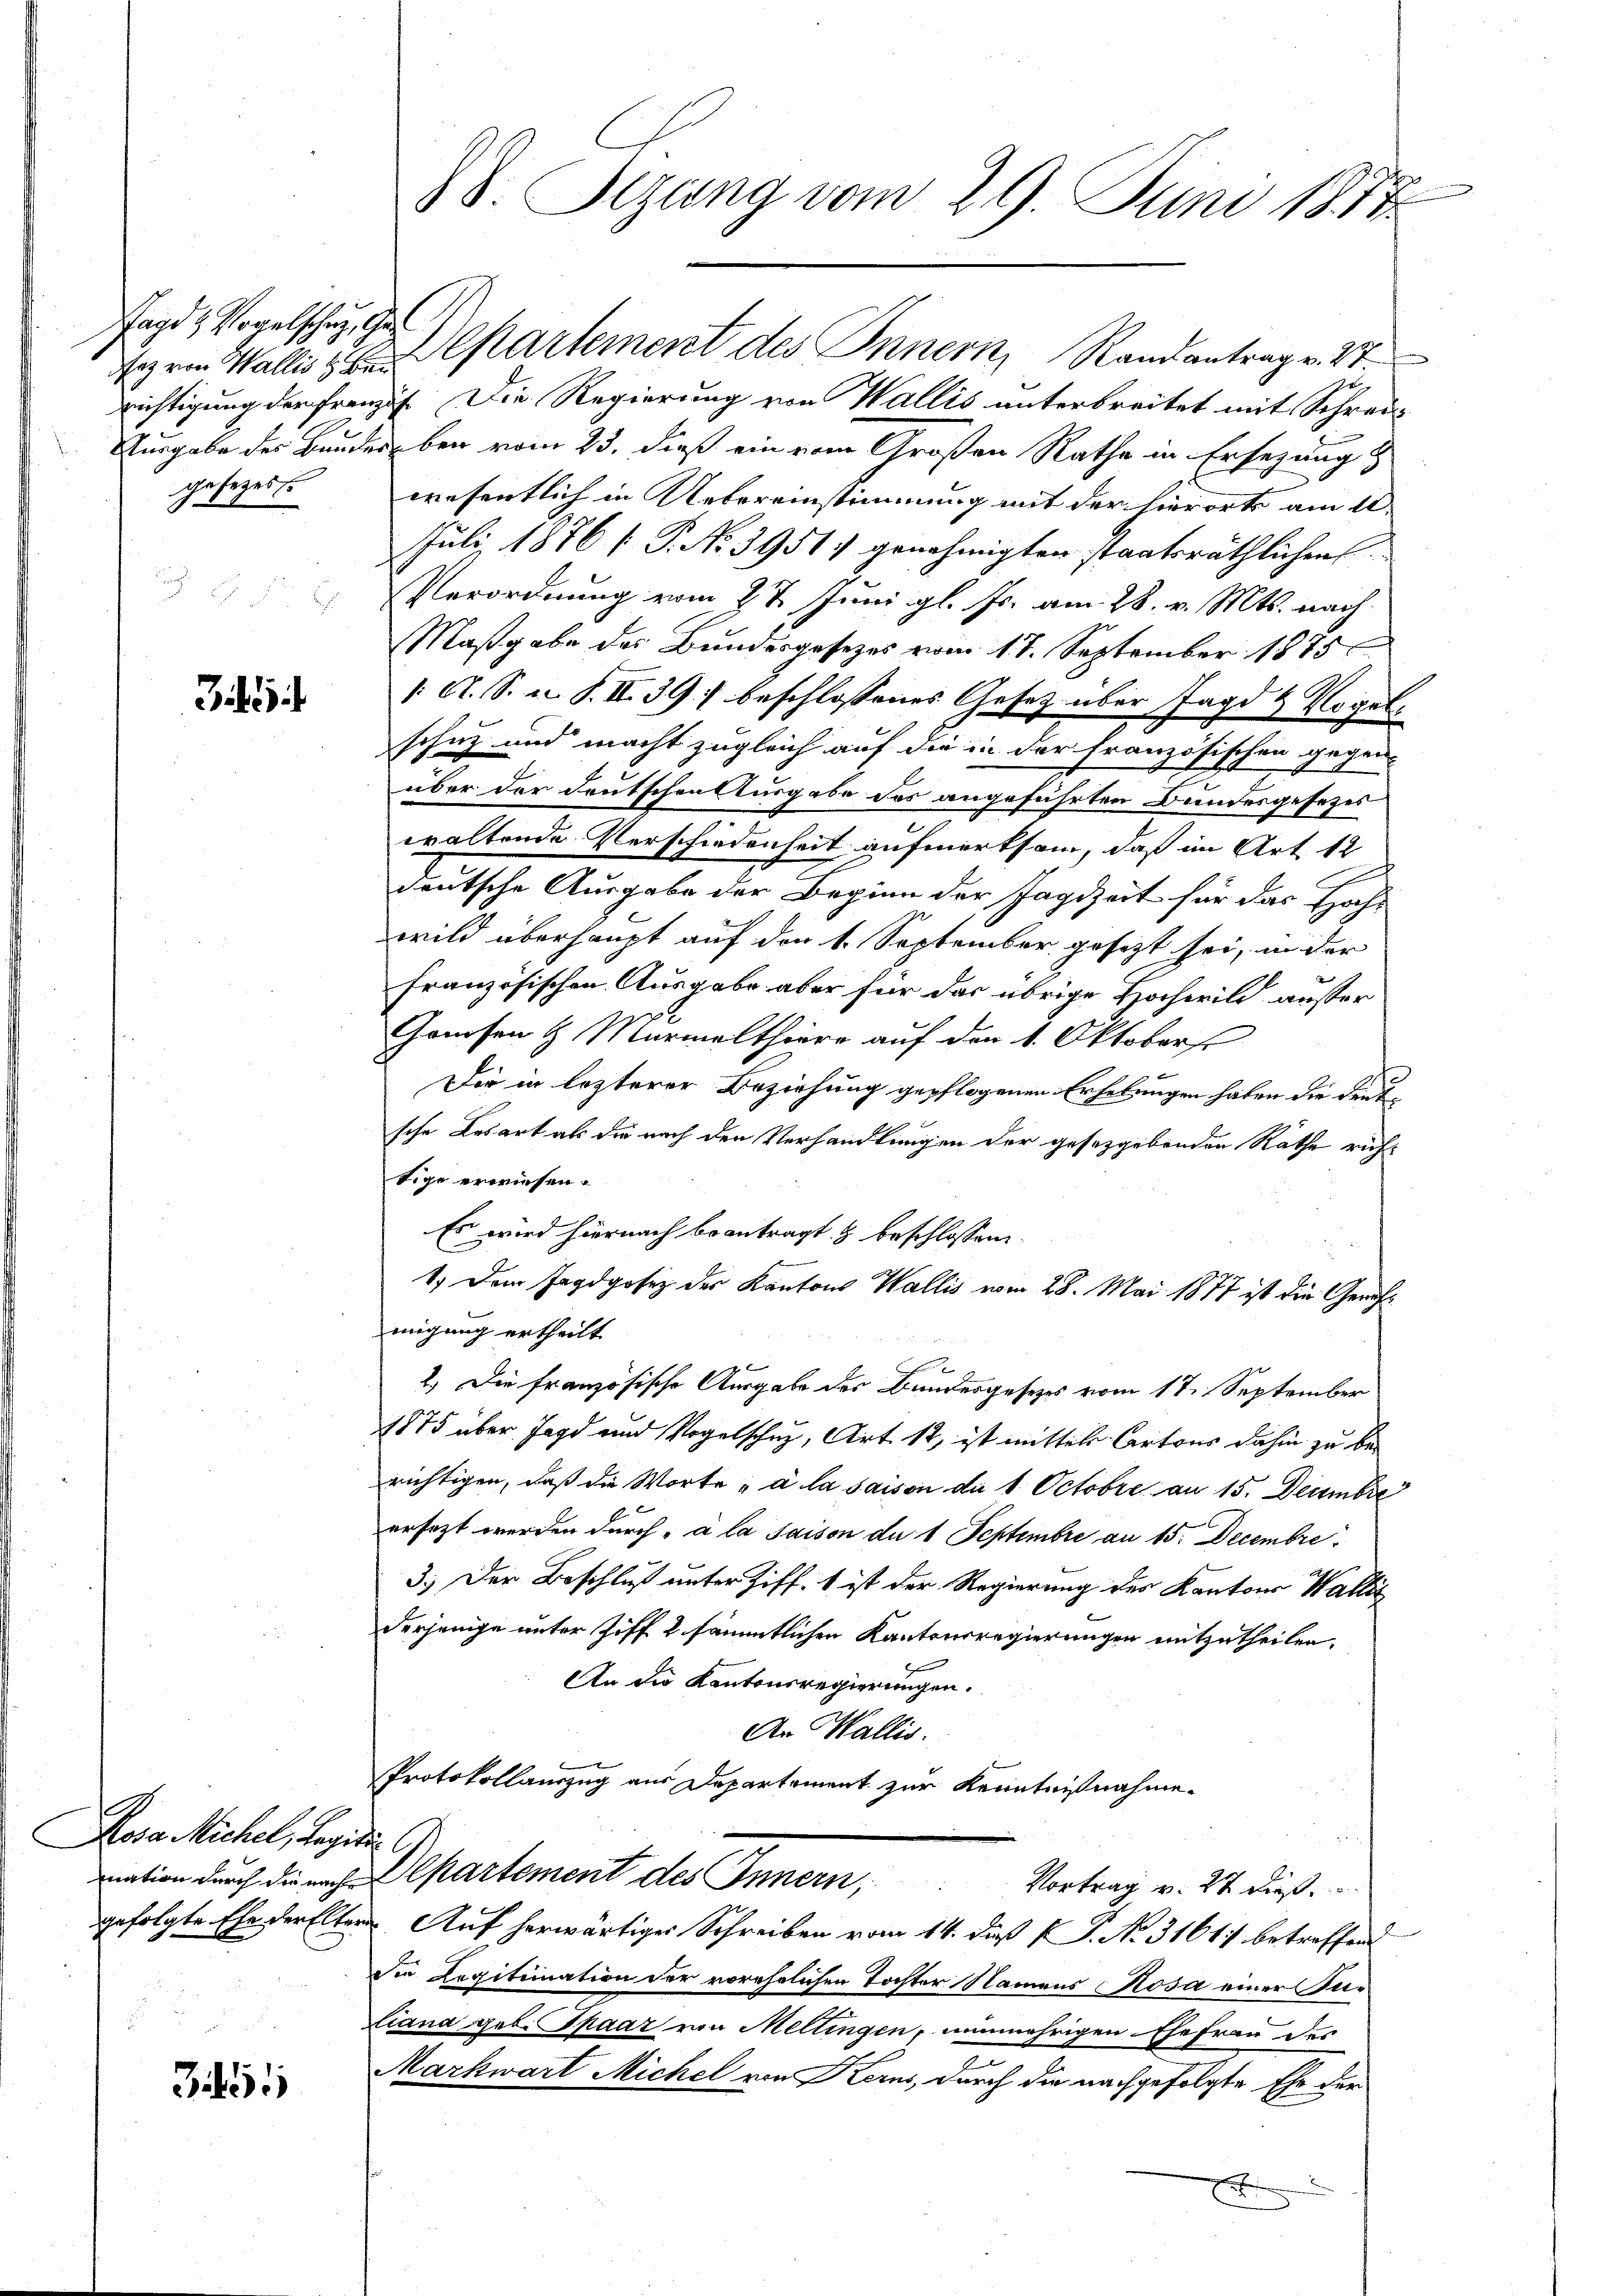
Jagd & Vogelschung, Ge
gesezess

Zi

.

Rosa Michel, Ragit l

Bisi

richtigung der Franzis. Die Regierung von Wallis unterbreitet mit Schrei¬
Ausgabe des Bunderben vom 25. dieß ein vom Großen Rathe in Ersezung &
wesentlich in Uebereinstimmung mit der hierort am 10.
Juli 1876 [ P. No 3951) genehmigten staatsräthlichen
Verordnung vom 2t Juni gl. Js. am 28. v. Mts. nach
Maßgabe des Bundesgesetzes vom 11. September 1875
/ A. S. u. S. II.39) beschlossenes Gesetz über Jagd & Vogel.
schutz und macht zugleich auf die in der französischen gegen-
über der Deutschen Ausgabe der angeführten Bundesgesetzes
waltende Verschiedenheit aufmerksam, daß im Art 12
deutsche Ausgabe der Beginn der Jagdzeit für das Hochs
wild überhaupt auf den 1. September gesezt sei, in der
französischen Ausgabe aber für das übrige Hochwild ausser
Gonesen & Marmelthier auf den 1. Oktobers
Die in lezterer Beziehung gepflogenen Erhebungen haben die deutsche Kesart als die nach den Verhandlungen der gesetzgebenden Räthe richtige erwiesen.
Es wird hiernach beantragt & beschlossen
1.) Dem Jagdgosez des Kantons Wallis vom 28. Mai 1877 ist die Gericht
migung ertheilt.
2.) Die französische Ausgabe des Bundesgesetzes vom 17. September
1875 über Jagd und Vogelschuz, Art. 12, ist mittels Cartons dahin zu berichtigen, daß die Worte „à la saison du 1 Octobre an 15. Decembre
ersetzt werden durch a la Saison du 1 Septembre an 15. Decembre
3.) Der Beschluß unter Ziff. 1 ist der Regierung des Kantons Wallis
derjenige unter Ziff 2 sämmtlichen Kantonsregierungen mitzutheilen,
An die Kantonsregierungen.
An Wallis.
Protokollauszug aus Departement zur Kenntnißnahme
mation durch die nach partement des Innern Vortrag v. 27 dieß
gefolgte Ehe der Eltern Auf herwärtiges Schreiben vom 14. dieß (J. No. 3161. betreffend
die Legitimation der vorehelichen Tochter Namens Rosa einer Se¬
Ciana geb. Spaar von Mellingen, nunmehrigen Ehefrau des
Markwart Michel von Kerns, durch die nachgefolgte Ehe der
e

88. Sizung vom 29. Juni 1857.

eyrin Wallis u. Cartement des Innern, Randantrag v. St.